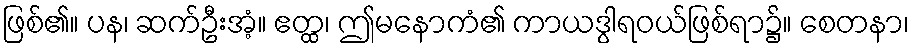
ဖြစ်၏။ ပန၊ ဆက်ဦးအံ့။ ဧတ္ထ၊ ဤမနောကံ၏ ကာယဒွါရဝယ်ဖြစ်ရာ၌။ စေတနာ၊